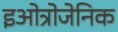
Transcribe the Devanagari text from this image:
इओत्रोजेनिक